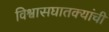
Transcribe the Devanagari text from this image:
विश्वासघातक्यांची